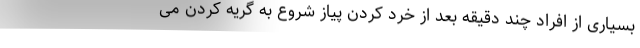
بسیاری از افراد چند دقیقه بعد از خرد کردن پیاز شروع به گریه کردن می